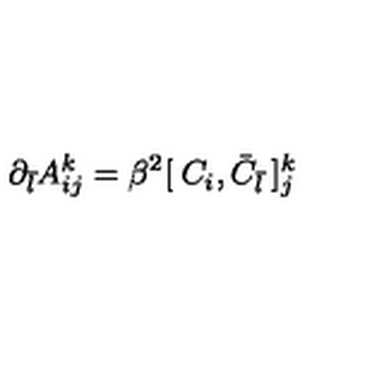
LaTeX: \partial _ { \bar { l } } A _ { i j } ^ { k } = \beta ^ { 2 } [ \: C _ { i } , { \bar { C } } _ { \bar { l } } \: ] _ { j } ^ { k }